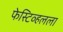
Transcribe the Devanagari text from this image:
फेस्टिव्हलला